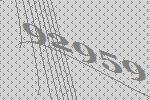
92959